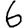
Digit: 6